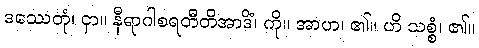
ဒဿေတုံ၊ ငှာ။ နီရာဂါစရတီတိအာဒိံ၊ ကို။ အာဟ၊ ၏။ ဟိ သစ္စံ၊ ၏။